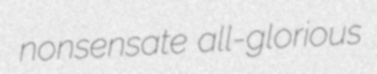
nonsensate all-glorious